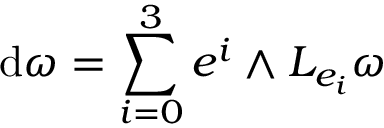
\mathrm { d } \omega = \sum _ { i = 0 } ^ { 3 } e ^ { i } \wedge L _ { e _ { i } } \omega